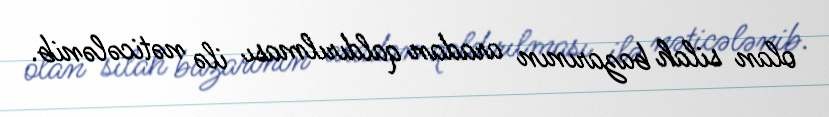
olan silah bazarının aradan qaldırılması ilə nəticələnib.